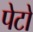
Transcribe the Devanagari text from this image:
पेटो